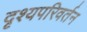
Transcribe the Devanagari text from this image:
दृश्यपरिवर्तन